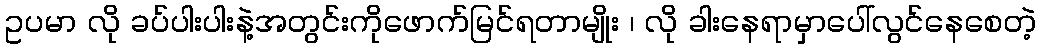
ဥပမာ လို ခပ်ပါးပါးနဲ့အတွင်းကိုဖောက်မြင်ရတာမျိုး ၊ လို ခါးနေရာမှာပေါ်လွင်နေစေတဲ့